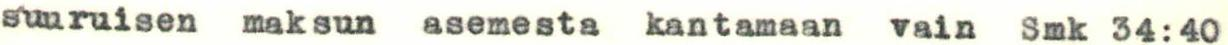
suuruisen maksun asemesta kantamaan vain Smk 34:40